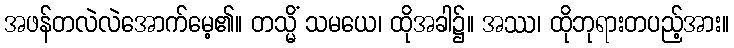
အဖန်တလဲလဲအောက်မေ့၏။ တသ္မိံ သမယေ၊ ထိုအခါ၌။ အဿ၊ ထိုဘုရားတပည့်အား။